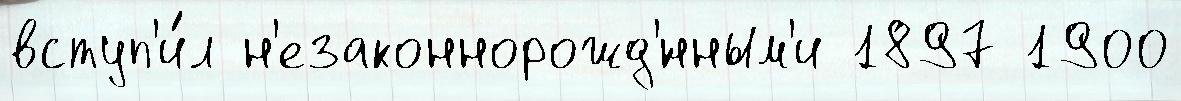
вступ'и́л н'езаконнорожд'́нным'и 1897 1900